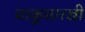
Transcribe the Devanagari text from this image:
चाकूसारखी